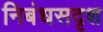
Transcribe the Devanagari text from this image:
निबंधसदृश